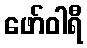
ဖော်ဝါရီ